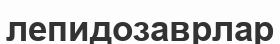
лепидозаврлар